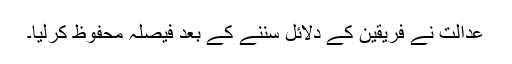
عدالت نے فریقین کے دلائل سننے کے بعد فیصلہ محفوظ کرلیا۔